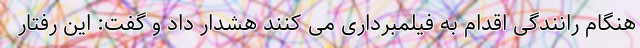
هنگام رانندگی اقدام به فیلمبرداری می کنند هشدار داد و گفت: این رفتار